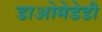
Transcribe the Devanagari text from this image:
डाओमेडेडी